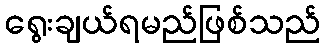
ရွေးချယ်ရမည်ဖြစ်သည်